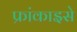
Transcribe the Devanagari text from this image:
फ्रांकाइसे